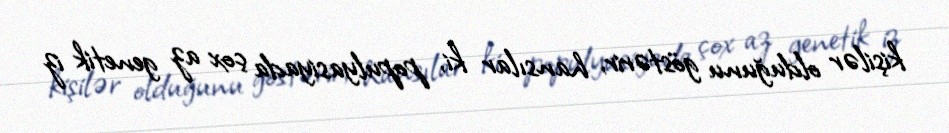
kişilər olduğunu göstərir, hansılar ki, populyasiyada çox az genetik iz